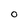
Character: O